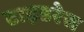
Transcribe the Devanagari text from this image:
टाइडरेस